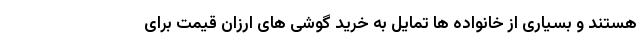
هستند و بسیاری از خانواده ها تمایل به خرید گوشی های ارزان قیمت برای